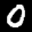
Label: 0